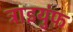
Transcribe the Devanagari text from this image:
ट्राइयुंफ